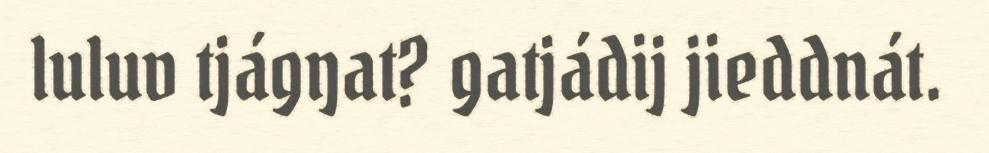
luluv tjágŋat? gatjádij jieddnát.